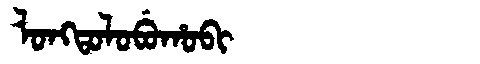
Manchu: ᠯᠣᠩᡨᠣᠯᠣᠪᡠᡥᠣᠪᡳ
Romanization: LONGTOLOBUHOBI